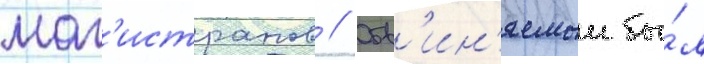
маг'истратов // Обв'ин'яемыи бы́л